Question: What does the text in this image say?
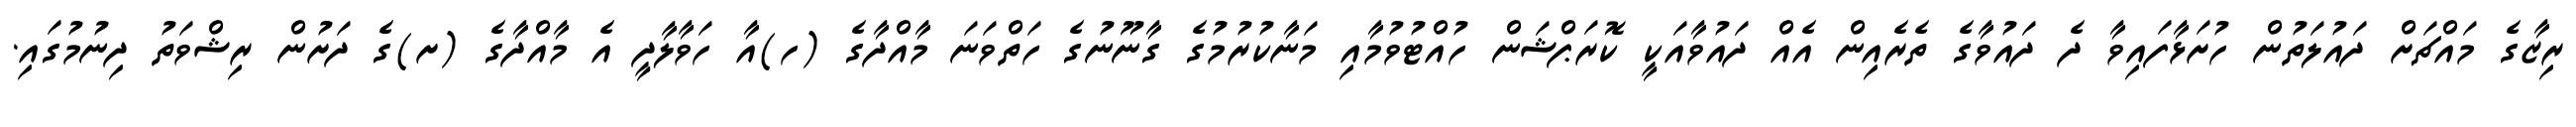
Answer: ރިޒާގެ މައްޗަށް ދައުލަތުން ހުށަޅާފައިވާ ދެ ދައުވާގެ ތެރެއިން އެއް ދައުވާއަކީ ކޮރަޕްޝަން ހުއްޓުވުމާއި މަނާކުރުމުގެ ގާނޫނުގެ ހަތްވަނަ މާއްދާގެ (ހ)އާ ހަވާލާދީ އެ މާއްދާގެ (ށ)ގެ ދަށުން ރިޝްވަތު ދިނުމުގައި.